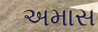
અમાસ